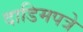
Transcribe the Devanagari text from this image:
दाडिमपत्रे